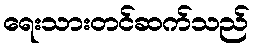
ရေးသားတင်ဆက်သည်